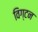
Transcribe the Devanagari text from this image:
विग्टन